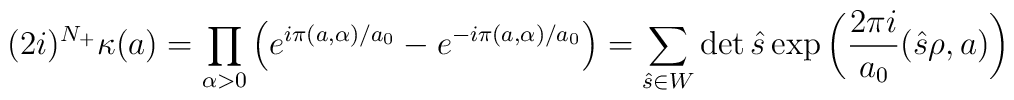
(2i)^{N_+}\kappa (a)=\prod\limits_{\alpha >0}^{}\left( e^{i\pi (a,\alpha )/a_0}-e^{-i\pi (a,\alpha)/a_0}\right)=\sum\limits_{\hat{s}\in W}^{} \det \hat{s}\exp \left(\frac{2\pi i}{a_0}(\hat{s}\rho ,a)\right)